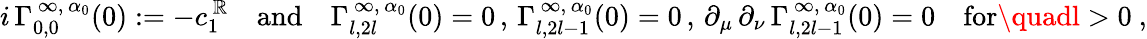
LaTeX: i\, \Gamma_{0,0}^{\, \infty,\, \alpha_{0}}(0):=-c_{1}^{\, \mathbb{R}}\quad\mathrm{{and}}\quad\Gamma_{l,2l}^{\, \infty,\, \alpha_{0}}(0)=0\, ,\, \Gamma_{l,2l-1}^{\, \infty,\, \alpha_{0}}(0)=0\, ,\, \partial_{\mu}\, \partial_{\nu}\, \Gamma_{l,2l-1}^{\, \infty,\, \alpha_{0}}(0)=0\quad\mathrm{{for}}\quadl>0\ ,